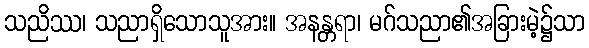
သညိဿ၊ သညာရှိသောသူအား။ အနန္တရာ၊ မဂ်သညာ၏အခြားမဲ့၌သာ